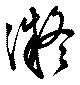
凝